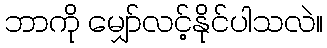
ဘာကို မျှော်လင့်နိုင်ပါသလဲ။